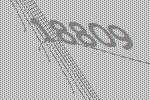
18809